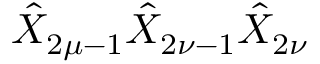
\hat { X } _ { 2 \mu - 1 } \hat { X } _ { 2 \nu - 1 } \hat { X } _ { 2 \nu }